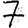
Digit: 7